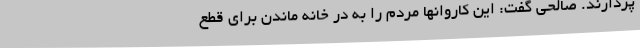
پردازند. صالحی گفت: این کاروانها مردم را به در خانه ماندن برای قطع